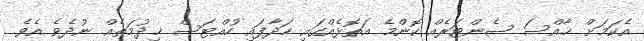
އެކަމަށް ޚާއްސަ ސެންޓަރެއް ކޮންމެ އަތޮޅެއްގައި ހަދާފައި ހުއްޓަސް ޚިދުމަތެއް ނުދެވެ އެވެ.